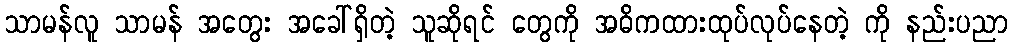
သာမန်လူ သာမန် အတွေး အခေါ်ရှိတဲ့ သူဆိုရင် တွေကို အဓိကထားထုပ်လုပ်နေတဲ့ ကို နည်းပညာ